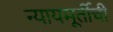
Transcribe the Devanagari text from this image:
न्यायमूर्तीची